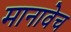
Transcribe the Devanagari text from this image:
मानावेच